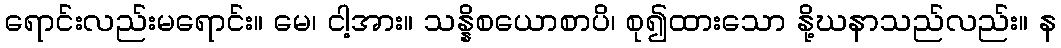
ရောင်းလည်းမရောင်း။ မေ၊ ငါ့အား။ သန္နိစယောစာပိ၊ စု၍ထားသော နို့ဃနာသည်လည်း။ န